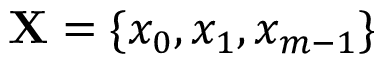
\mathbf { X } = \{ x _ { 0 } , x _ { 1 } , x _ { m - 1 } \}